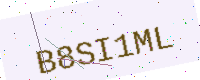
Text: B8SI1ML